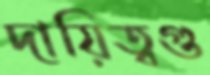
দায়িত্বগু